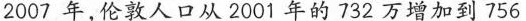
2007年，伦敦人口从2001年的732万增加到756